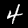
Label: 4